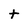
Character: t